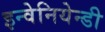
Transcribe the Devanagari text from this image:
इन्वेनियेन्डी